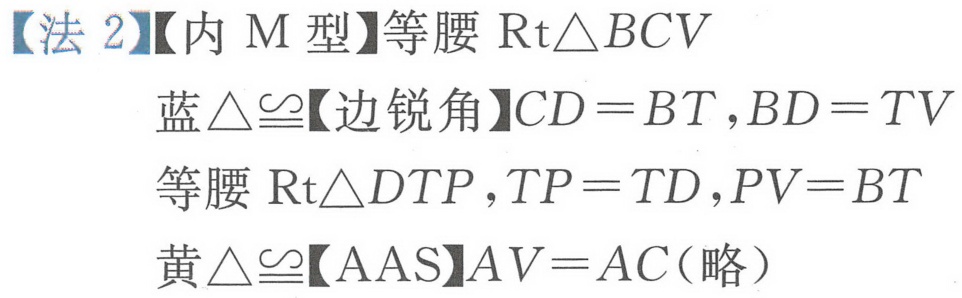
【法 2】【内 M 型】等腰 $\text{Rt}\triangle BCV$
蓝$\triangle\cong$【边锐角】$CD = BT,BD = TV$
等腰 $\text{Rt}\triangle DTP,TP = TD,PV = BT$
黄$\triangle\cong$【AAS】$AV = AC$(略）